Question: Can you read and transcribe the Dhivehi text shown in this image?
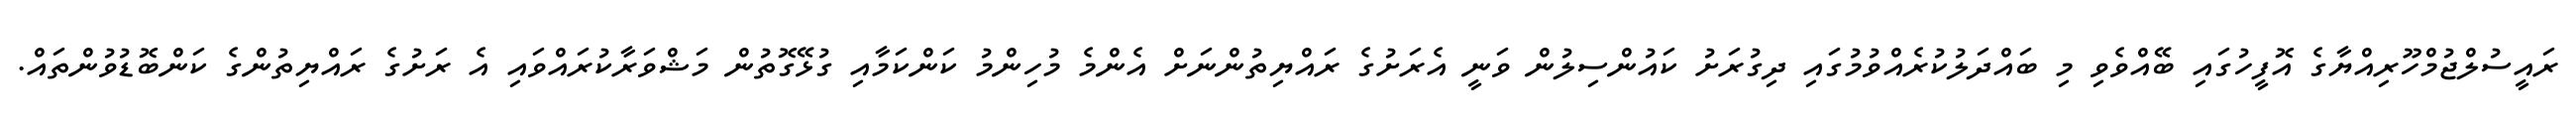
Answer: ރައީސުލްޖުމްހޫރިއްޔާގެ އޮފީހުގައި ބޭއްވެވި މި ބައްދަލުކުރެއްވުމުގައި ދިގުރަށު ކައުންސިލުން ވަނީ އެރަށުގެ ރައްޔިތުންނަށް އެންމެ މުހިންމު ކަންކަމާއި ގުޅޭގޮތުން މަޝްވަރާކުރައްވައި އެ ރަށުގެ ރައްޔިތުންގެ ކަންބޮޑުވުންތައް.